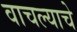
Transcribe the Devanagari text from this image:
वाचल्याचे